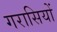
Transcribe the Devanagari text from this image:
गरासियों